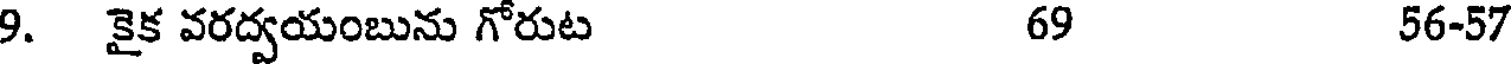
9. కైక వరద్వయంబును గోరుట 69 56-57